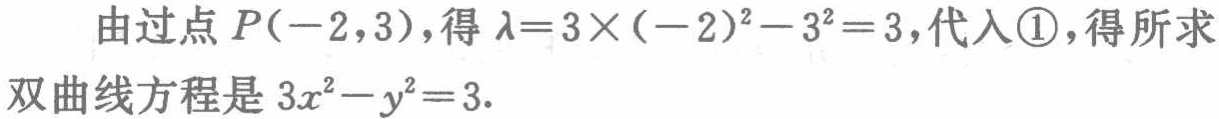
由过点 \(P(-2,3)\)，得 \(\lambda = 3\times (-2)^{2}-3^{2}=3\)，代入\textcircled{1}，得所求
双曲线方程是 \(3x^{2}-y^{2}=3\).